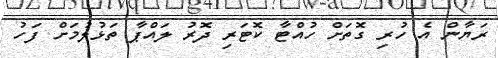
ރަޔާން އެ ހުރި ގޮތަށް ހުއްޓާ ކޮޓަރި ދޮރު ލައްޕާ ތަޅުލުމަށް ފަހު